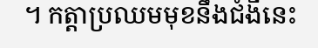
។ កត្តាប្រឈមមុខនឹងជំងឺនេះ